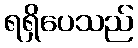
ရရှိပေသည်